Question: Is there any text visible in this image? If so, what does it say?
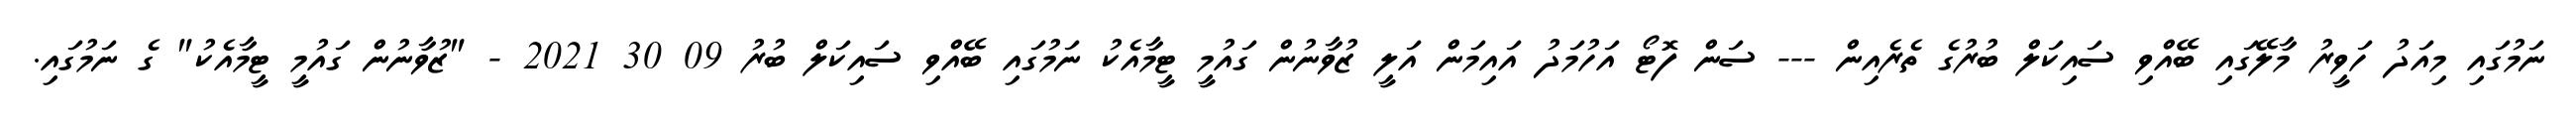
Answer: ނަމުގައި މިއަދު ހަވީރު މާލޭގައި ބޭއްވި ސައިކަލް ބުރުގެ ތެރެއިން --- ސަން ފޮޓޯ އަހުމަދު އައިމަން އަލީ ޒުވާނުން ގައުމީ ޓީމާއެކު ނަމުގައި ބޭއްވި ސައިކަލް ބުރު 09 30 2021 - "ޒުވާނުން ގައުމީ ޓީމާއެކު" ގެ ނަމުގައި.